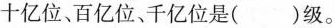
十亿位、百亿位、千亿位是()级。